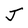
Character: J